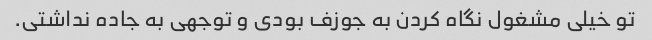
تو خیلی مشغول نگاه کردن به جوزف بودی و توجهی به جاده نداشتی.